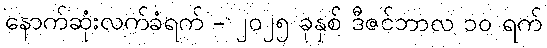
နောက်ဆုံးလက်ခံရက် - ၂၀၂၅ ခုနှစ် ဒီဇင်ဘာလ ၁၀ ရက်